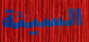
السيئة